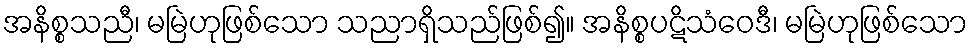
အနိစ္စသညီ၊ မမြဲဟုဖြစ်သော သညာရှိသည်ဖြစ်၍။ အနိစ္စပဋိသံဝေဒီ၊ မမြဲဟုဖြစ်သော